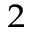
^ 2